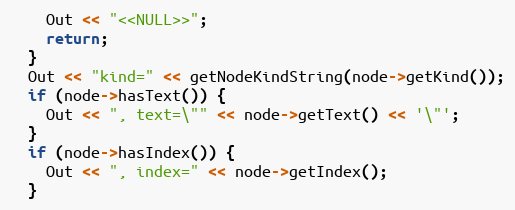
Language: C++
    Out << "<<NULL>>";
    return;
  }
  Out << "kind=" << getNodeKindString(node->getKind());
  if (node->hasText()) {
    Out << ", text=\"" << node->getText() << '\"';
  }
  if (node->hasIndex()) {
    Out << ", index=" << node->getIndex();
  }